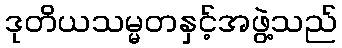
ဒုတိယသမ္မတနှင့်အဖွဲ့သည်